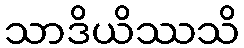
သာဒိယိဿသိ